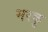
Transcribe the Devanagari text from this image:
मरकु